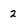
Character: 2